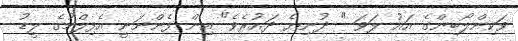
ވަކިންލޯބިންގެ އައު ލަވަ " ދުނިޔެ ދައުރެވެ" އިން ފެންނަނީ އެފިލްމުގެ ލީޑު